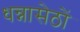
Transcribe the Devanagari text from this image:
धन्नासेठों